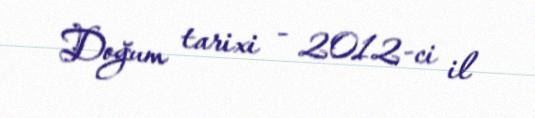
Doğum tarixi - 2012-ci il